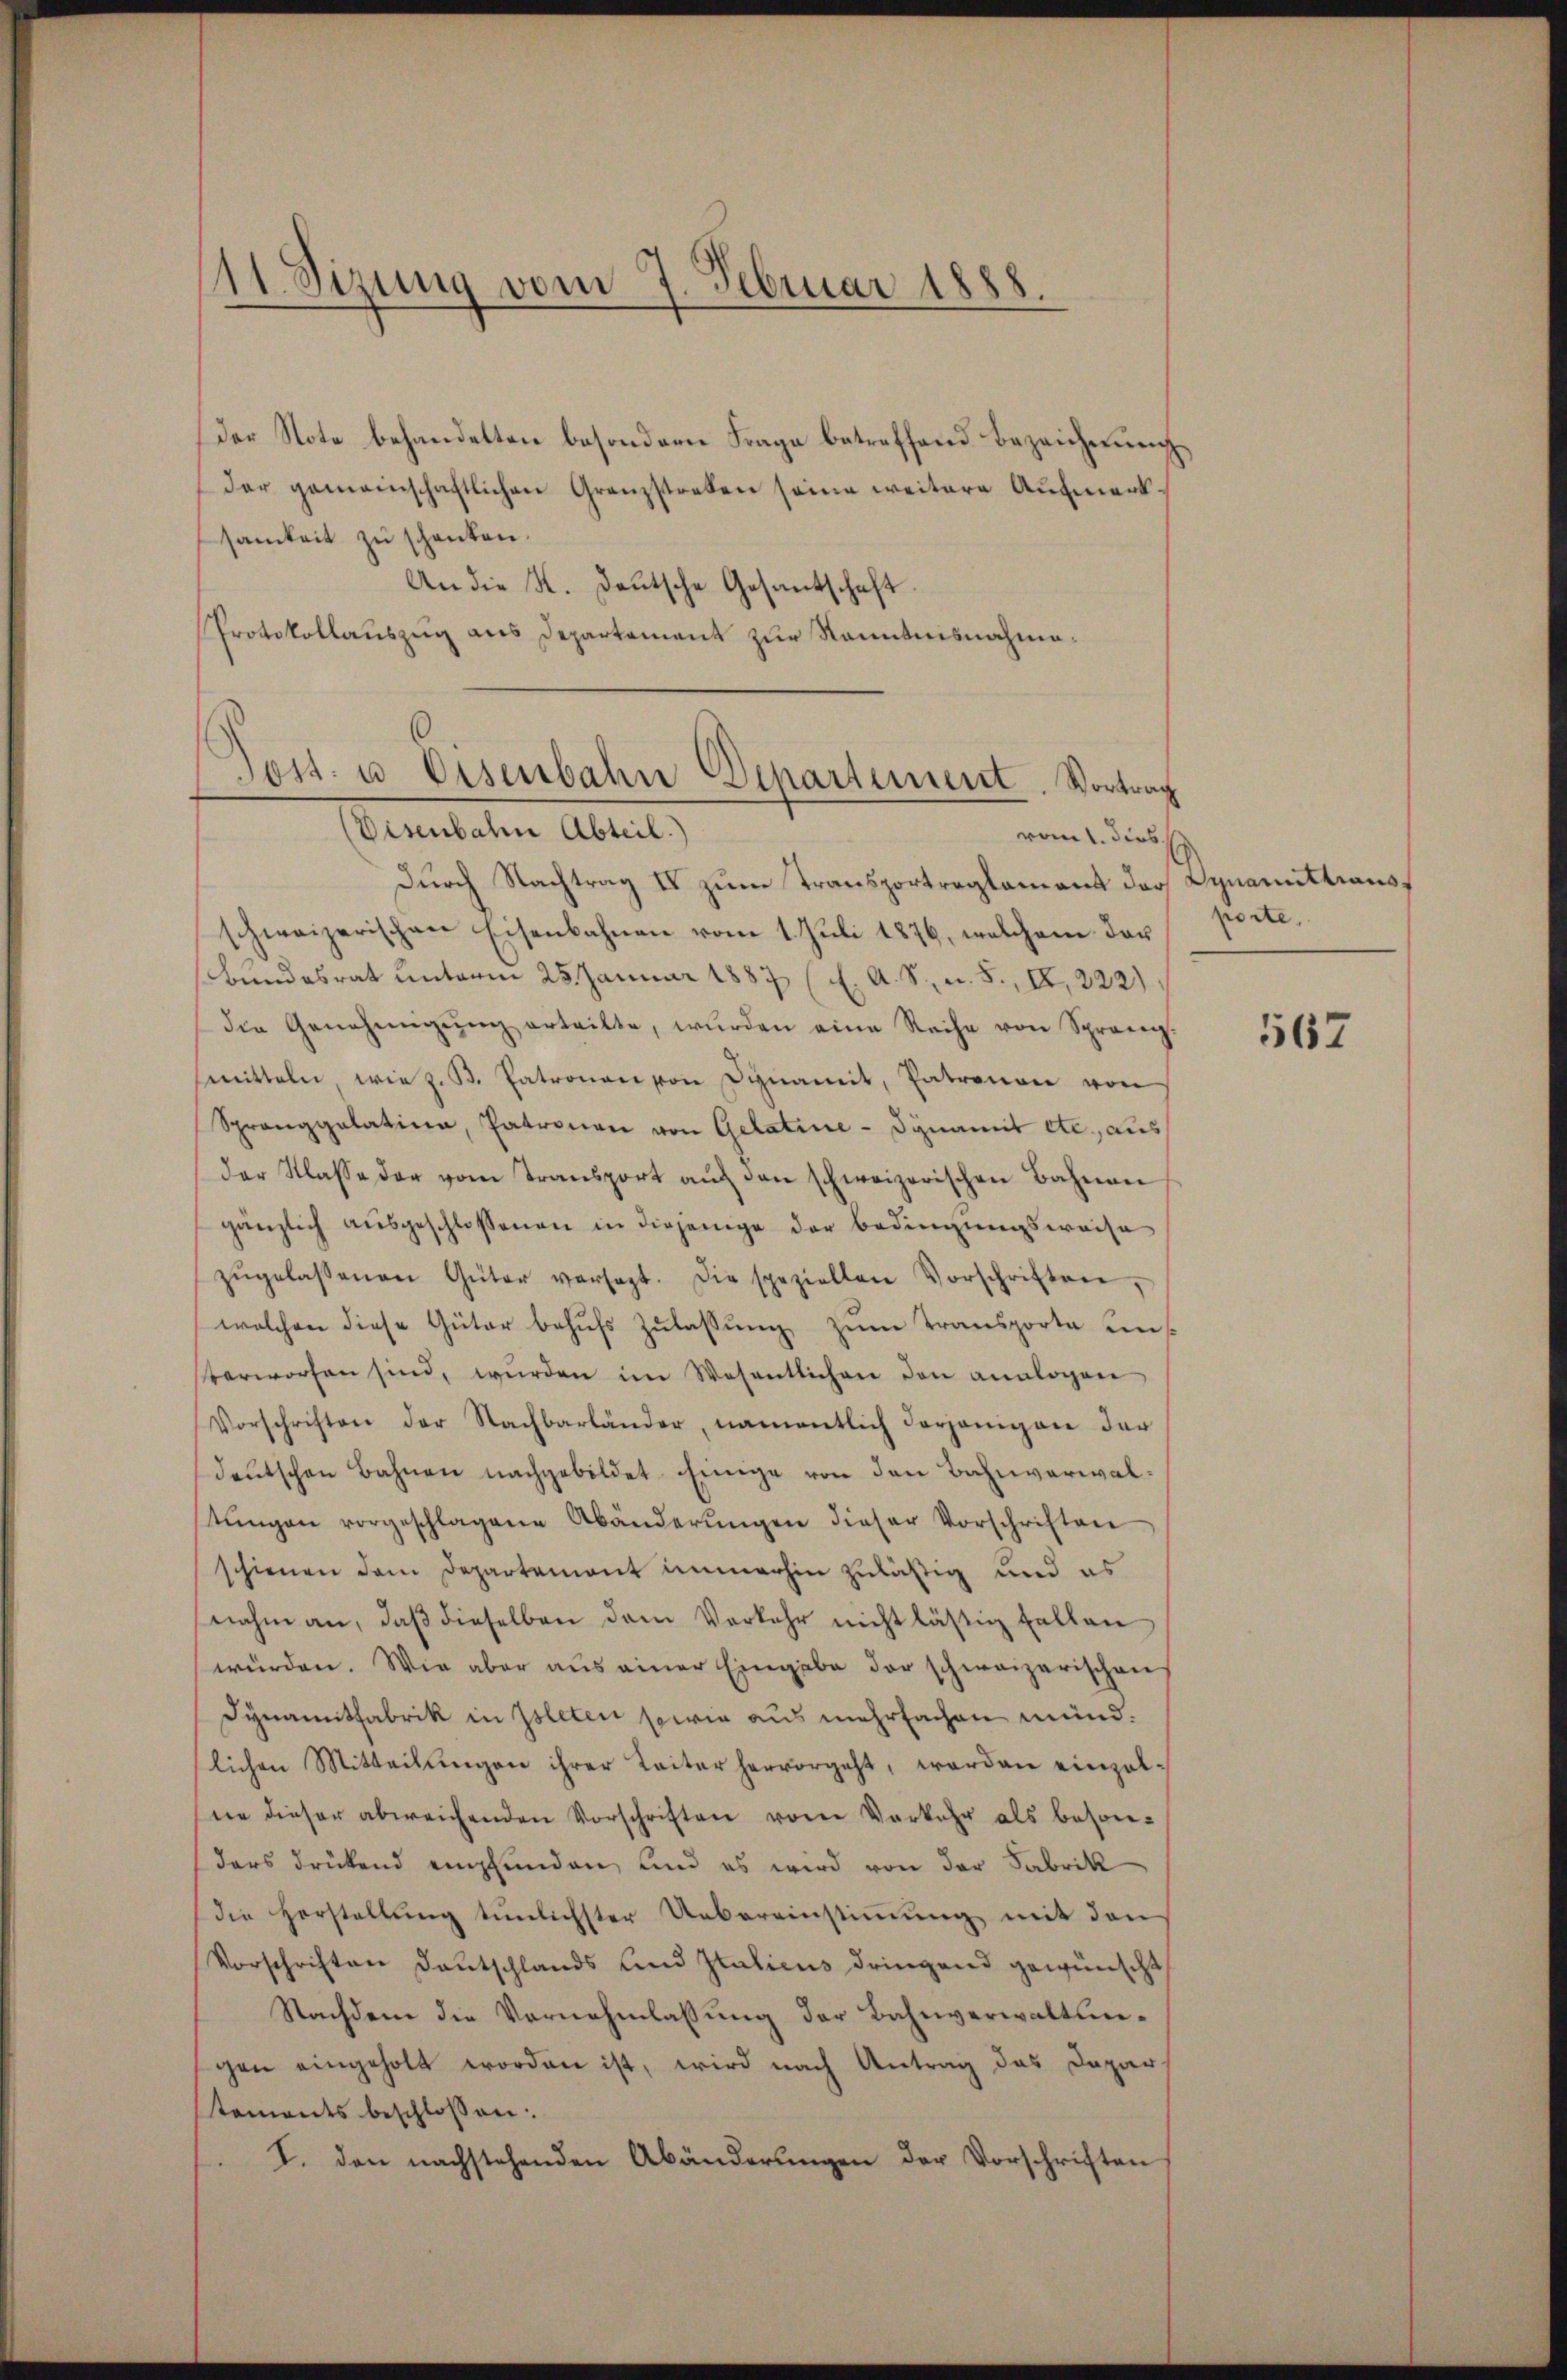
11. Sizung vom 7. Februar 1888.
3

Der Note behandelten besondern Frage betreffend Bezeichnung
der gemeinschaftlichen Granzstreben seine weitere Aufmerk.
samkeit zu schenten.
An die K. Deutsche Gesantschaft.
Protokollauszug aus Departement zur Kenntnisnahme¬

Tost- u. Eisenbahn Departement. Vortrag
(Visenbahn Abteil.)
vom 1. dies

Durch Nachtrag IV zum Transportreglement dar Dynamittransschweizerischen Eisenbahnen vom 1. Juli 1876, welchem das
Bundesrat unterm 25. Januar 1887 (E. A. S., n. 5., II, 222)
die Genehmigŭng erteilte, wurden eine Reihe von Sprang.
smitteln, wie z. B. Patronen von Dignamit, Patronon von
Spranggatatina, Patronen von Gelatine - Synamit etc., aus
der Klasse der vom Transport aŭf den schweizerischen Bahnen
gänzlich aŭsgeschlossenen in diejenige der Bedingungsweise
zŭgelassenen Güter versagt. Die speziellen Vorschriften,
welchen diese Güter behŭfs Zŭlassŭng zŭm Transporta uns
verworfen sind, wurden im Wesentlichen den analogen
Vorschriften der Nachbarländer, namentlich derjenigen der
deŭtschen Bahnen nachgebildet. Einige von den Bahnverwaltŭngen vorgeschlagene Abänderŭngen dieser Vorschriften
schienen dem Departemont immerhin zuläßig und es
nahm an, daβ dieselben dem Verkehr nicht lästig halten
würden. Wie aber aus einer Eingabe der schweizerischen
Synamitfabrik in Isleten sowie aus mehrfachen münd.
lichen Mitteilŭngen ihrer Leiter hervorgeht, worden einzelne dieser abweichenden Vorschriften vom Vorkehr als beson-
ders drückend empfunden, und es wird von der Fabrik
die Herstellung tunlichster Uebereinstimmung mit den
Vorschriften Deutschlands und Italicus dringend gewünscht
Nachdem die Vernehmlassung der Bahnverwaltungen eingeholt worden ist, wird nach Antrag das Dapar
tements beschlossen:
I. den nachstehenden Abänderŭngen der Vorschriften

porte,

567